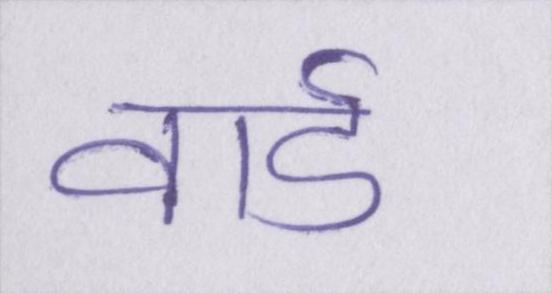
वार्ड